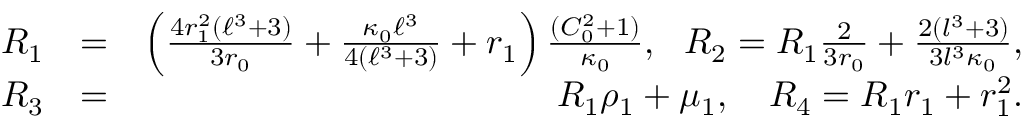
\begin{array} { r l r } { R _ { 1 } } & { = } & { \left( \frac { 4 r _ { 1 } ^ { 2 } ( \ell ^ { 3 } + 3 ) } { 3 r _ { 0 } } + \frac { \kappa _ { 0 } \ell ^ { 3 } } { 4 ( \ell ^ { 3 } + 3 ) } + r _ { 1 } \right) \frac { ( C _ { 0 } ^ { 2 } + 1 ) } { \kappa _ { 0 } } , \ \ R _ { 2 } = R _ { 1 } \frac { 2 } { 3 r _ { 0 } } + \frac { 2 ( l ^ { 3 } + 3 ) } { 3 l ^ { 3 } \kappa _ { 0 } } , } \\ { R _ { 3 } } & { = } & { R _ { 1 } \rho _ { 1 } + \mu _ { 1 } , \ \ \ R _ { 4 } = R _ { 1 } r _ { 1 } + r _ { 1 } ^ { 2 } . } \end{array}